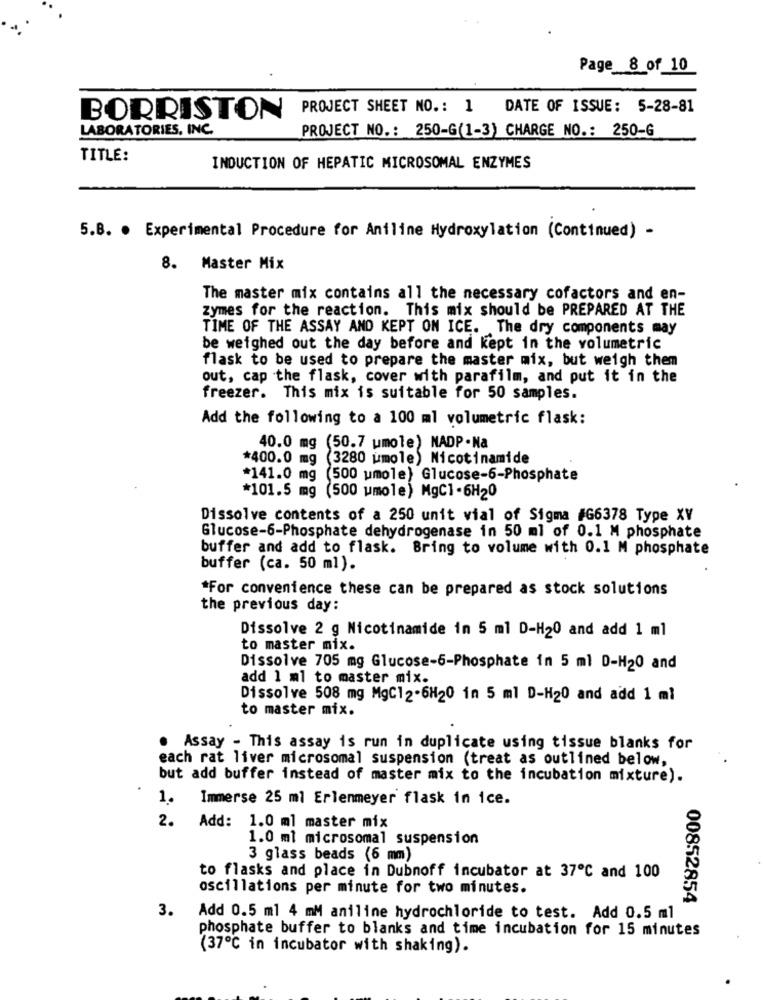
Page 8 of 10
PROJECT SHEET NO. : 1
DATE OF ISSUE: 5-28-81
BORRISTON
LABORATORIES, INC.
PROJECT NO .: 250-G(1-3) CHARGE NO .: 250-6
TITLE:
INDUCTION OF HEPATIC MICROSOMAL ENZYMES
5.B. . Experimental Procedure for Aniline Hydroxylation (Continued) -
8. Master Mix
The master mix contains all the necessary cofactors and en-
zymes for the reaction. This mix should be PREPARED AT THE
TIME OF THE ASSAY AND KEPT ON ICE. The dry components may
be weighed out the day before and kept in the volumetric
flask to be used to prepare the master mix, but weigh them
out, cap the flask, cover with parafilm, and put it in the
freezer. This mix is suitable for 50 samples.
Add the following to a 100 ml volumetric flask:
40.0 mg (50.7 umole) NADP .Na
*400.0 mg (3280 umole) Nicotinamide
*141.0 mg
(500 umole) Glucose-6-Phosphate
*101.5 mg (500 umole) MgC1-6H20
Dissolve contents of a 250 unit vial of Sigma #G6378 Type XV
Glucose-6-Phosphate dehydrogenase in 50 ml of 0.1 M phosphate
buffer and add to flask. Bring to volume with 0.1 M phosphate
buffer (ca. 50 ml).
*For convenience these can be prepared as stock solutions
the previous day:
Dissolve 2 g Nicotinamide in 5 ml D-H20 and add 1 ml
to master mix.
Dissolve 705 mg Glucose-6-Phosphate in 5 ml D-H20 and
add 1 ml to master mix.
Dissolve 508 mg MgC12-6H20 in 5 ml D-H20 and add 1 ml
to master mix.
.
Assay - This assay is run in duplicate using tissue blanks for
each rat liver microsomal suspension (treat as outlined below,
but add buffer instead of master mix to the incubation mixture).
1. Immerse 25 ml Erlenmeyer flask in ice.
2. Add: 1.0 ml master mix
1.0 ml microsomal suspension
3 glass beads (6 mm)
to flasks and place in Dubnoff incubator at 37℃ and 100
oscillations per minute for two minutes.
00852854
3.
Add 0.5 ml 4 mM aniline hydrochloride to test. Add 0.5 ml
phosphate buffer to blanks and time incubation for 15 minutes
(37℃ in incubator with shaking).